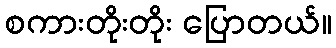
စကားတိုးတိုး ပြောတယ်။